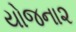
યોજના૨